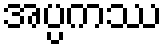
အပ္ပကဿ